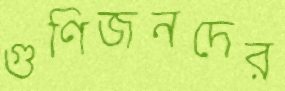
গুণিজনদের